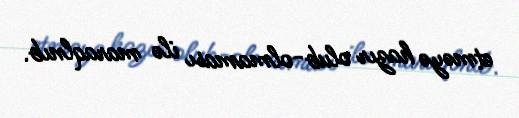
etməyə hazır olub-olmaması ilə maraqlnıb.